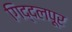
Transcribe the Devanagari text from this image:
गिद्दलपूर